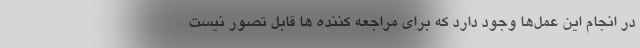
در انجام این عمل‌ها وجود دارد که برای مراجعه کننده ها قابل تصور نیست